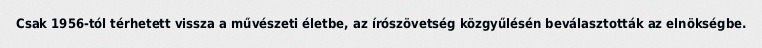
Csak 1956-tól térhetett vissza a művészeti életbe, az írószövetség közgyűlésén beválasztották az elnökségbe.